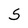
Character: S